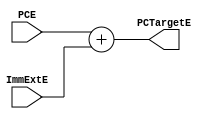
`timescale 1ns / 1ps
//////////////////////////////////////////////////////////////////////////////////
// Company: 
// Engineer: 
// 
// Design Name: 
// Module Name: PCTarget
// Project Name: 
// Target Devices: 
// Tool Versions: 
// Description: 
// 
// Dependencies: 
// 
// Revision:
// Revision 0.01 - File Created
// Additional Comments:
// 
//////////////////////////////////////////////////////////////////////////////////

module PCTarget (
  input      [31:0] PCE, 
  input      [31:0] ImmExtE,
  output reg [31:0] PCTargetE
);
  
  always @(*)
    begin
      PCTargetE =  PCE + ImmExtE;
    end
endmodule